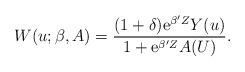
LaTeX: \begin{align*}W(u;\beta,A)=\frac{(1+\delta)\mathrm{e}^{\beta'Z}Y(u)}{1+\mathrm{e}^{\beta'Z}A(U)}.\end{align*}